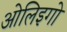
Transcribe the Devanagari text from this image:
ओलिइगो